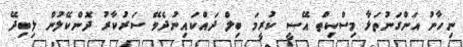
ނިހާނު އަންގަނުތަޅާ މިސްކިތް އޭސީ ކުރީމަ ބިލް ދައްކައިނުދެވޭ ސަރުކާރު ދޮންކޭލުން ލިބިދޭ